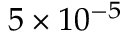
5 \times 1 0 ^ { - 5 }